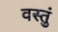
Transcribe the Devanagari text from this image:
वस्तुं